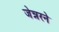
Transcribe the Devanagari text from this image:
जेन्नरने